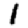
Digit: 1